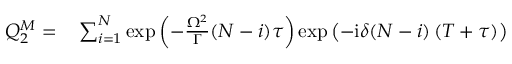
\begin{array} { r l } { Q _ { 2 } ^ { M } = } & { { } \sum _ { i = 1 } ^ { N } \exp \left( - \frac { \Omega ^ { 2 } } { \Gamma } ( N - i ) \tau \right) \exp \left( - \mathrm { i } \delta ( N - i ) \left( T + \tau \right) \right) } \end{array}